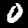
Label: 0